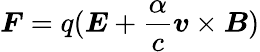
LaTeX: \boldsymbol{F}=q(\boldsymbol{E}+\frac{\alpha}{c}\boldsymbol{v}\times\boldsymbol{B})